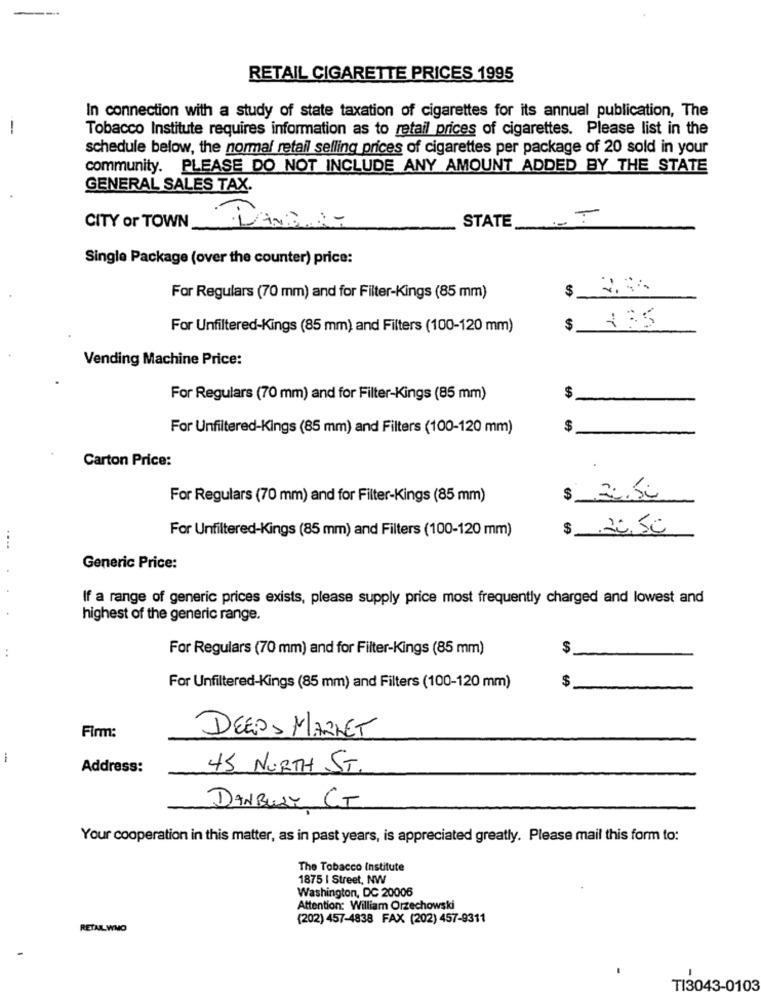
RETAIL CIGARETTE PRICES 1995
In connection with a study of state taxation of cigarettes for its annual publication, The
-
Tobacco Institute requires information as to retail prices of cigarettes. Please list in the
schedule below, the normal retail selling prices of cigarettes per package of 20 sold in your
community. PLEASE DO NOT INCLUDE ANY AMOUNT ADDED BY THE STATE
GENERAL SALES TAX.
STATE
CITY or TOWN
DANDAN
Single Package (over the counter) price:
$
For Regulars (70 mm) and for Filter-Kings (85 mm)
135
For Unfiltered-Kings (85 mm) and Filters (100-120 mm)
$
Vending Machine Price:
For Regulars (70 mm) and for Filter-Kings (85 mm)
$
For Unfiltered-Kings (85 mm) and Filters (100-120 mm)
$
Carton Price:
For Regulars (70 mm) and for Filter-Kings (85 mm)
$ 2.50
For Unfiltered-Kings (85 mm) and Filters (100-120 mm)
$ 2.50
...
Generic Price:
If a range of generic prices exists, please supply price most frequently charged and lowest and
highest of the generic range.
..
For Regulars (70 mm) and for Filter-Kings (85 mm)
$
$
For Unfiltered-Kings (85 mm) and Filters (100-120 mm)
Firm:
DEEPS MARKET
-
Address:
45 NURTH ST.
DANBURY CT
Your cooperation in this matter, as in past years, is appreciated greatly. Please mail this form to:
The Tobacco Institute
1875 | Street, NW
Washington, DC 20006
Attention: William Orzechowski
(202) 457-4838 FAX (202) 457-9311
RETAIL_ WHO
TI3043-0103